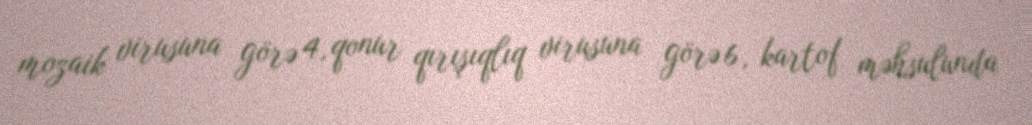
mozaik virusuna görə 4, qonur qırışıqlıq virusuna görə 6, kartof məhsulunda